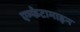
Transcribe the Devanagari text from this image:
एम्फेटामाइन